342_HS1-416511228_319.1 Flying Discs 1949
Agency: Department of War
Incident date: 1/9/50
Page 81
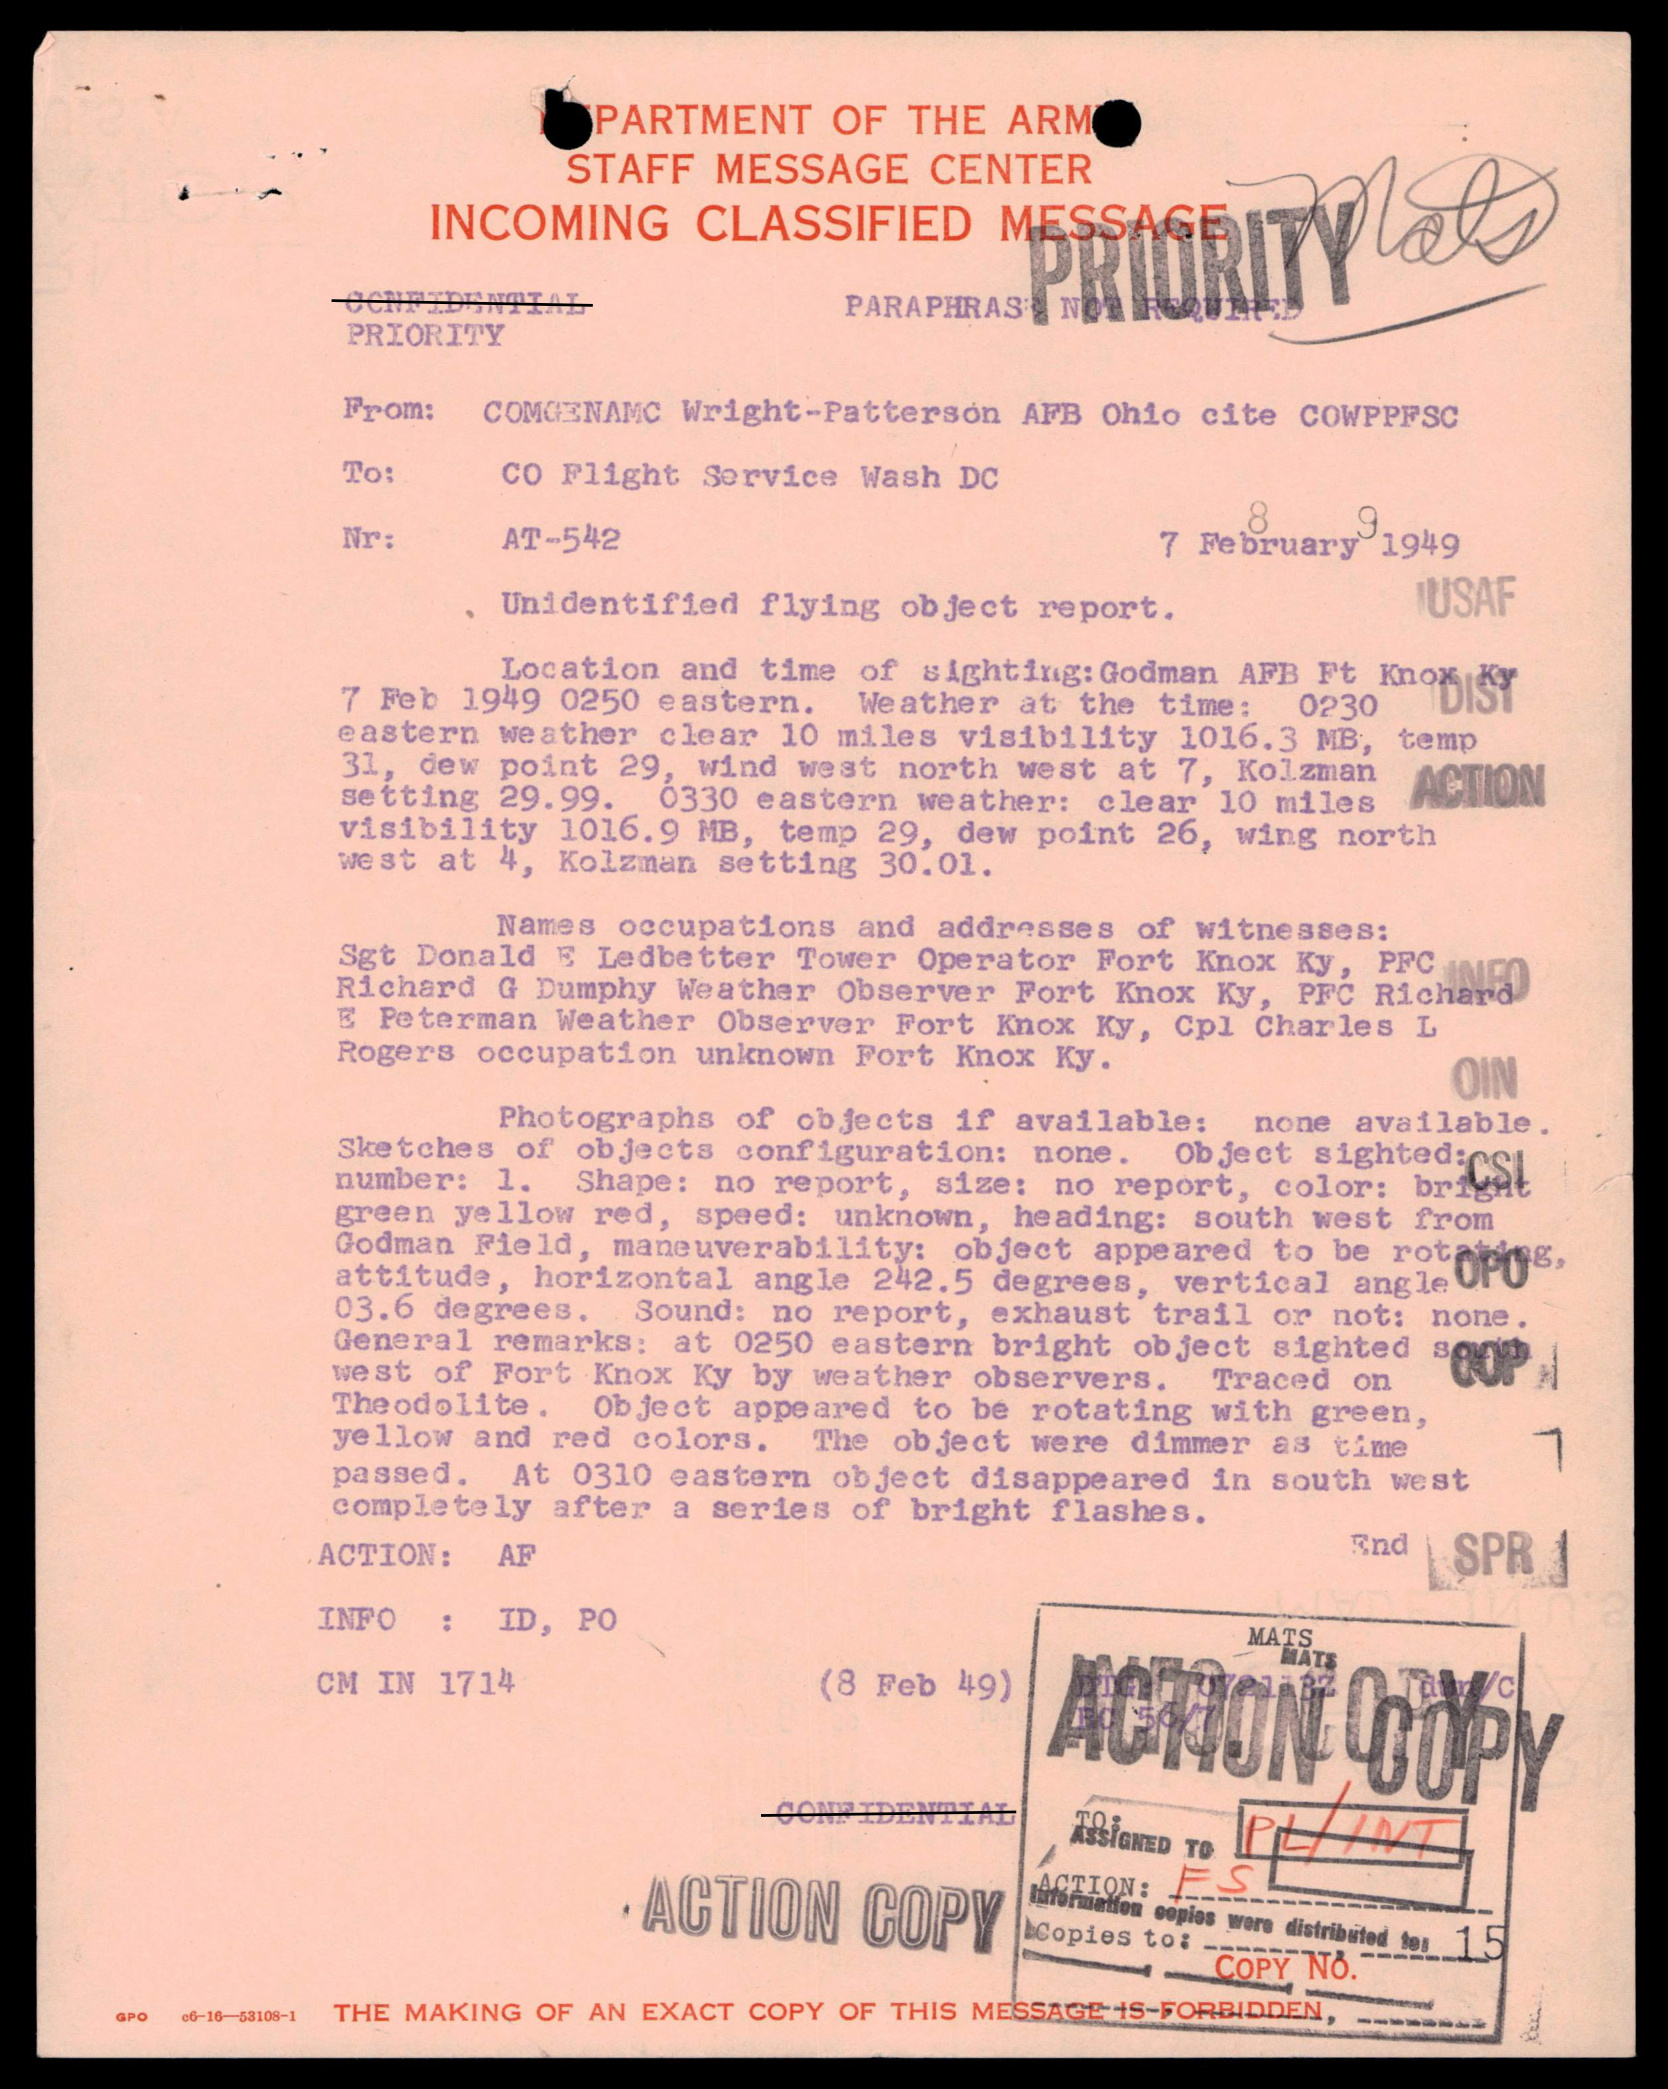